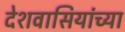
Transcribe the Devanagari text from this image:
देशवासियांच्या